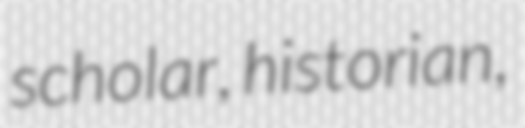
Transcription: scholar, historian,